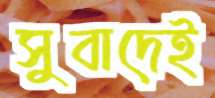
সুবাদেই